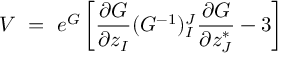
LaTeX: V \ = \ e ^ { G } \left[ { \frac { \partial G } { \partial z _ { I } } } ( G ^ { - 1 } ) _ { I } ^ { J } { \frac { \partial G } { \partial z _ { J } ^ { * } } } - 3 \right]